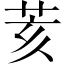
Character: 荄